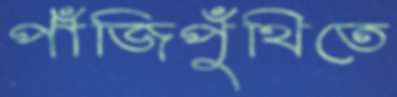
পাঁজিপুঁথিতে